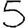
Digit: 5